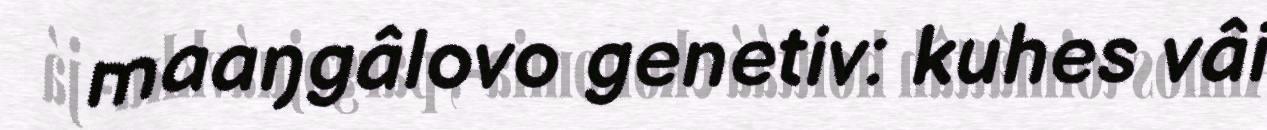
maaŋgâlovo genetiv: kuhes vâi